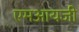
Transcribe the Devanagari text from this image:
एमआयजी